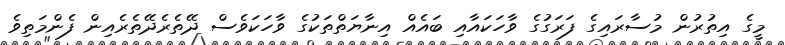
މީގެ އިތުރުން މުސާރައިގެ ފަރަގުގެ ވާހަކައާއި ބައެއް އިނާޔަތްތަކުގެ ވާހަކަވެސް ދޭތެރެދޭތެރެއިން ފެންމަތިވެ